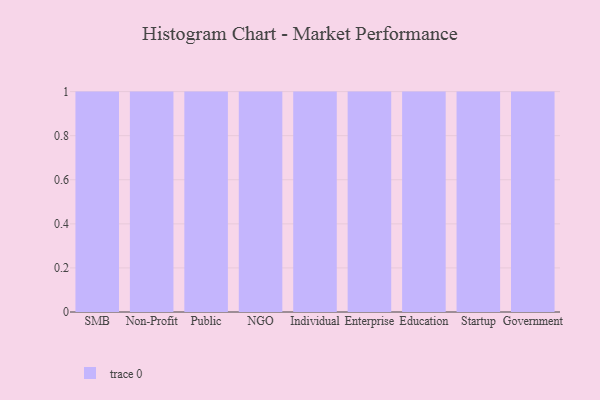
{"axis": {"x": "Segment", "y": "Backlog"}, "legend": [""], "data": [{"x": "SMB", "y": 77, "type": ""}, {"x": "Non-Profit", "y": 94, "type": ""}, {"x": "Public", "y": 81, "type": ""}, {"x": "NGO", "y": 23, "type": ""}, {"x": "Individual", "y": 80, "type": ""}, {"x": "Enterprise", "y": 11, "type": ""}, {"x": "Education", "y": 87, "type": ""}, {"x": "Startup", "y": 23, "type": ""}, {"x": "Government", "y": 53, "type": ""}]}